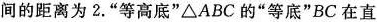
间的距离为2.”等高底”△ABC的”等底”BC在直